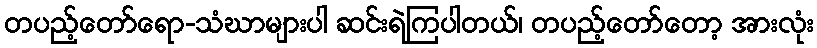
တပည့်တော်ရော-သံဃာများပါ ဆင်းရဲကြပါတယ်၊ တပည့်တော်တော့ အားလုံး